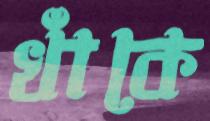
খাঁকে